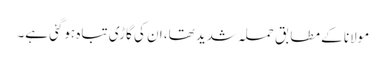
مولانا کے مطابق حملہ شدید تھا، ان کی گاڑی تباہ ہوگئی ہے۔